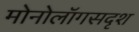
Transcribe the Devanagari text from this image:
मोनोलॉगसदृश